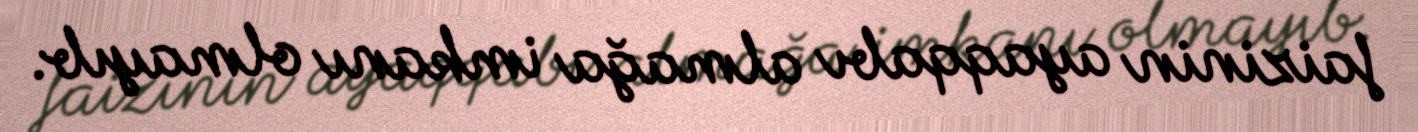
faizinin ayaqqabı almağa imkanı olmayıb.